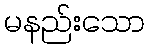
မနည်းသော